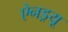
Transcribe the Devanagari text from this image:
ऐनड्रयू